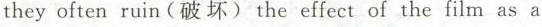
they often ruin(破坏) the effect of the film as a